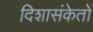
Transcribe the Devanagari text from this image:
दिशासंकेतों